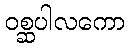
ဝစ္ဆပါလကော